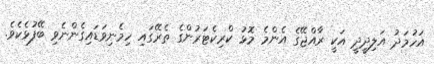
އަހުމަދު އަލިދީދީ އަކީ ރާއްޖޭގެ އެންމެ މޮޅު ކްރިކެޓަރުންގެ ތެރޭގައި ހިމެނިވަޑައިގެންނެވި ބޭފުޅެކެވެ.